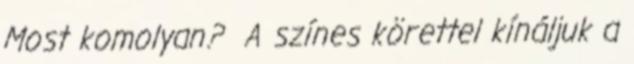
Most komolyan? A színes körettel kínáljuk a